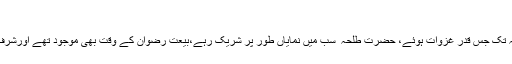
[7]
غزوۂ احد کے بعد فتح مکہ تک جس قدر غزوات ہوئے، حضرت طلحہ ؓ سب میں نمایاں طور پر شریک رہے،بیعتِ رضوان کے وقت بھی موجود تھے اورشرف بیعت سے مشرف ہوئے۔